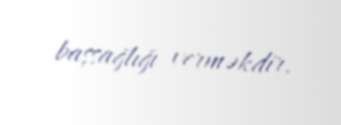
başsağlığı verməkdir.